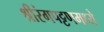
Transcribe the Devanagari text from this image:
श्रीरंगपट्टणमध्ये